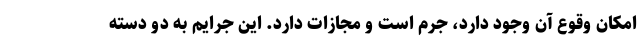
امکان وقوع آن وجود دارد، جرم است و مجازات دارد. این جرایم به دو دسته